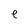
Character: e